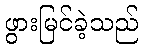
ဖွားမြင်ခဲ့သည်